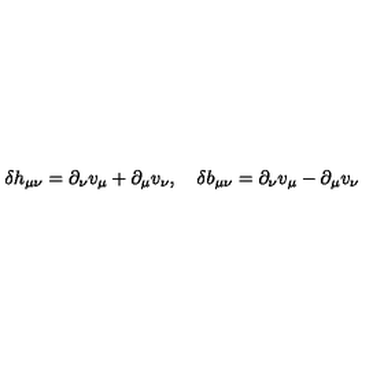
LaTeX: \delta h _ { \mu \nu } = \partial _ { \nu } v _ { \mu } + \partial _ { \mu } v _ { \nu } , \quad \delta b _ { \mu \nu } = \partial _ { \nu } v _ { \mu } - \partial _ { \mu } v _ { \nu }